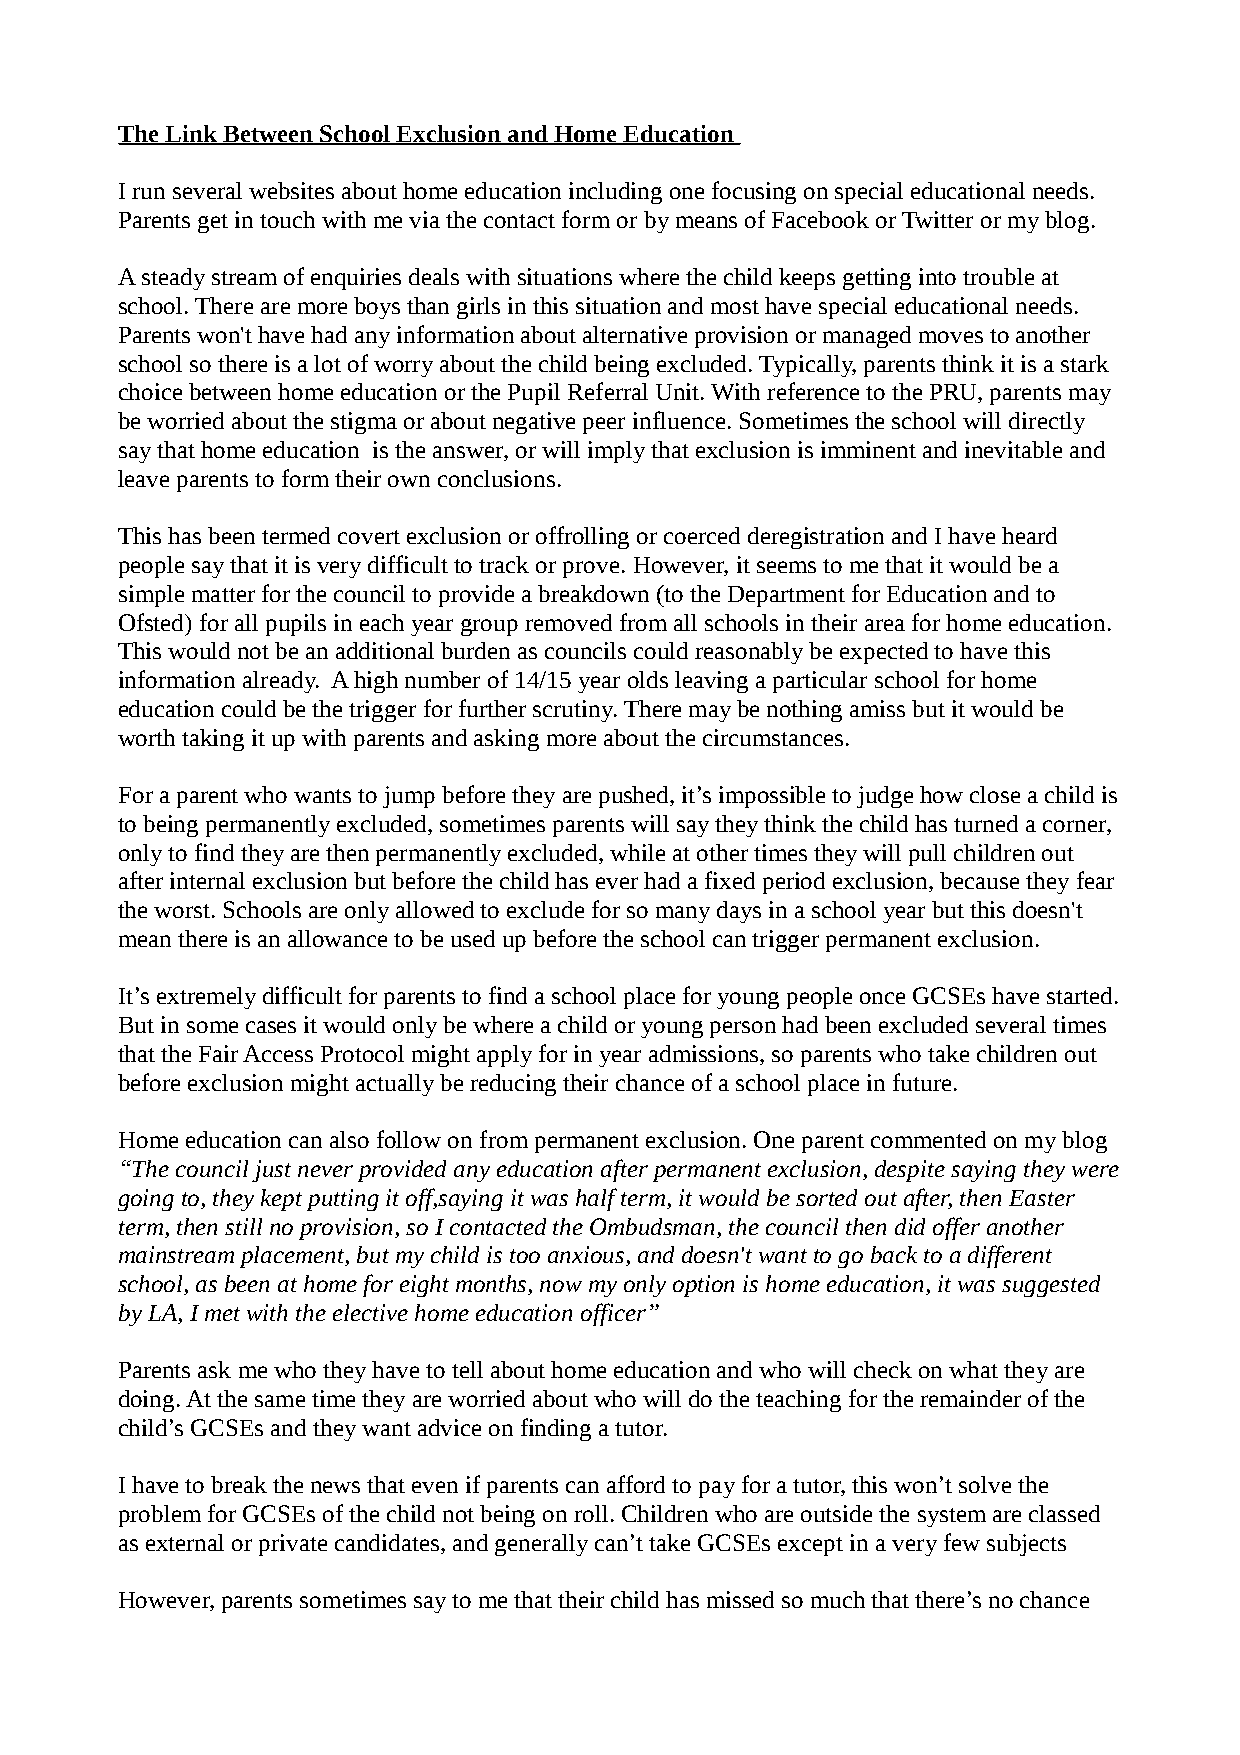
The Link Between School Exclusion and Home Education
 I run several websites about home education including one focusing on special educational needs.
 Parents get in touch with me via the contact form or by means of Facebook or Twitter or my blog.
 A steady stream of enquiries deals with situations where the child keeps getting into trouble at
 school. There are more boys than girls in this situation and most have special educational needs.
 Parents won't have had any information about alternative provision or managed moves to another
 school so there is a lot of worry about the child being excluded. Typically, parents think it is a stark
 choice between home education or the Pupil Referral Unit. With reference to the PRU, parents may
 be worried about the stigma or about negative peer influence. Sometimes the school will directly
 say that home education is the answer, or will imply that exclusion is imminent and inevitable and
 leave parents to form their own conclusions.
 This has been termed covert exclusion or offrolling or coerced deregistration and I have heard
 people say that it is very difficult to track or prove. However, it seems to me that it would be a
 simple matter for the council to provide a breakdown (to the Department for Education and to
 Ofsted) for all pupils in each year group removed from all schools in their area for home education.
 This would not be an additional burden as councils could reasonably be expected to have this
 information already. A high number of 14/15 year olds leaving a particular school for home
 education could be the trigger for further scrutiny. There may be nothing amiss but it would be
 worth taking it up with parents and asking more about the circumstances.
 For a parent who wants to jump before they are pushed, it’s impossible to judge how close a child is
 to being permanently excluded, sometimes parents will say they think the child has turned a corner,
 only to find they are then permanently excluded, while at other times they will pull children out
 after internal exclusion but before the child has ever had a fixed period exclusion, because they fear
 the worst. Schools are only allowed to exclude for so many days in a school year but this doesn't
 mean there is an allowance to be used up before the school can trigger permanent exclusion.
 It’s extremely difficult for parents to find a school place for young people once GCSEs have started.
 But in some cases it would only be where a child or young person had been excluded several times
 that the Fair Access Protocol might apply for in year admissions, so parents who take children out
 before exclusion might actually be reducing their chance of a school place in future.
 Home education can also follow on from permanent exclusion. One parent commented on my blog
 “The council just never provided any education after permanent exclusion, despite saying they were
 going to, they kept putting it off,saying it was half term, it would be sorted out after, then Easter
 term, then still no provision, so I contacted the Ombudsman, the council then did offer another
 mainstream placement, but my child is too anxious, and doesn't want to go back to a different
 school, as been at home for eight months, now my only option is home education, it was suggested
 by LA, I met with the elective home education officer”
 Parents ask me who they have to tell about home education and who will check on what they are
 doing. At the same time they are worried about who will do the teaching for the remainder of the
 child’s GCSEs and they want advice on finding a tutor.
 I have to break the news that even if parents can afford to pay for a tutor, this won’t solve the
 problem for GCSEs of the child not being on roll. Children who are outside the system are classed
 as external or private candidates, and generally can’t take GCSEs except in a very few subjects
 However, parents sometimes say to me that their child has missed so much that there’s no chance